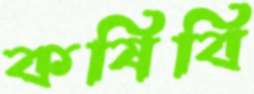
কষিবি